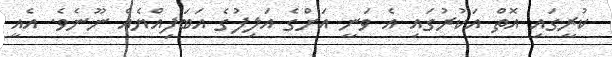
ކުރީގައި އޮތް އަކުރުގައި އެ ވަނީ އަށްގެ އަލިފުގެ އަބަފިއްޔެއް ނޫނެވެ. އެއީ